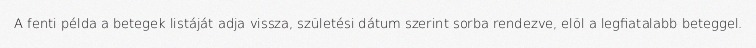
A fenti példa a betegek listáját adja vissza, születési dátum szerint sorba rendezve, elöl a legfiatalabb beteggel.